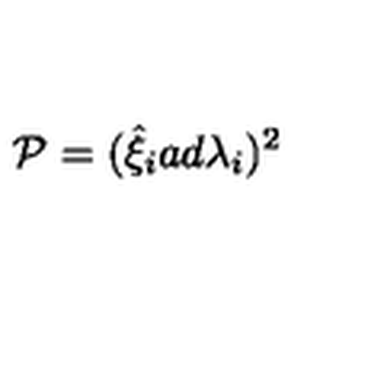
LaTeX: { \cal P } = ( { \hat { \xi } } _ { i } a d { \lambda } _ { i } ) ^ { 2 }